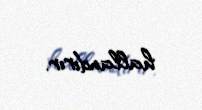
hallandırır.